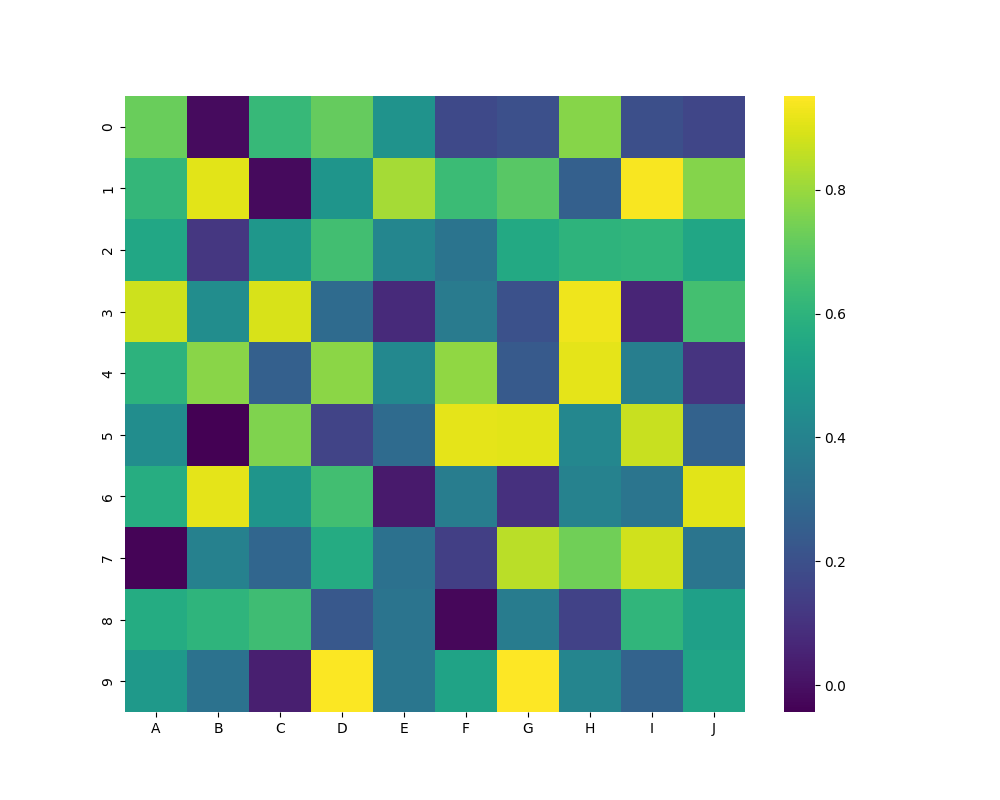
python, seaborn, heatmap, cmap='viridis', linewidths=0.0, center=none